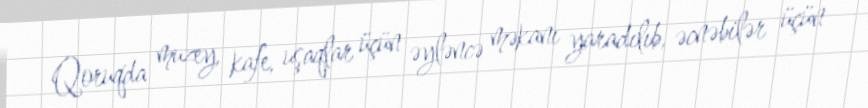
Qoruqda muzey, kafe, uşaqlar üçün əyləncə məkanı yaradılıb, əcnəbilər üçün